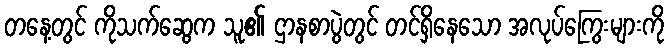
တနေ့တွင် ကိုသက်ဆွေက သူ၏ ဌာနစာပွဲတွင် တင်ရှိနေသော အလုပ်ကြွေးများကို